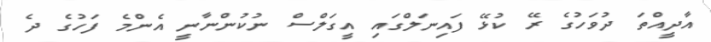
އާދީއްތަ ދުވަހުގެ ރޭ ކުޅޭ ފައިނަލްގައި އީގަލްސް ނުކުންނާނީ އެންމެ ފަހުގެ ދެ